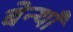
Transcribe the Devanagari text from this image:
बेन्थाँ